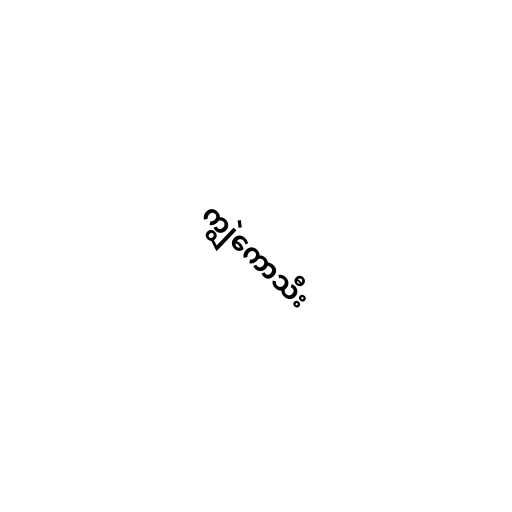
ကျွဲကောသီး